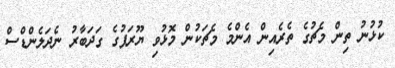
ކުޅުނު ތިން މެޗުގެ ތެރެއިން އެންމެ މެޗަކުން މޮޅުވި ޔޫރަޕުގެ ގަދަބާރު ނެދަލެންޑްސް